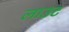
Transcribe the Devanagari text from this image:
लाउट